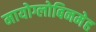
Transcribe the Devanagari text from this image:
मायोग्लोबिनमेह